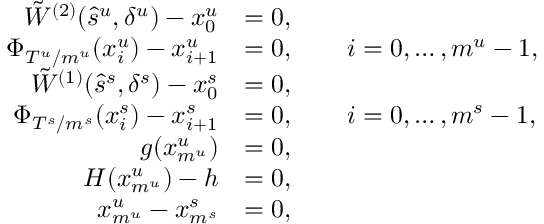
\begin{array} { r l } { { \tilde { W } } ^ { ( 2 ) } ( \hat { s } ^ { u } , \delta ^ { u } ) - x _ { 0 } ^ { u } } & { = 0 , } \\ { \Phi _ { T ^ { u } / m ^ { u } } ( x _ { i } ^ { u } ) - x _ { i + 1 } ^ { u } } & { = 0 , \qquad i = 0 , \dots , m ^ { u } - 1 , } \\ { { \tilde { W } } ^ { ( 1 ) } ( \hat { s } ^ { s } , \delta ^ { s } ) - x _ { 0 } ^ { s } } & { = 0 , } \\ { \Phi _ { T ^ { s } / m ^ { s } } ( x _ { i } ^ { s } ) - x _ { i + 1 } ^ { s } } & { = 0 , \qquad i = 0 , \dots , m ^ { s } - 1 , } \\ { g ( x _ { m ^ { u } } ^ { u } ) } & { = 0 , } \\ { H ( x _ { m ^ { u } } ^ { u } ) - h } & { = 0 , } \\ { x _ { m ^ { u } } ^ { u } - x _ { m ^ { s } } ^ { s } } & { = 0 , } \end{array}